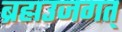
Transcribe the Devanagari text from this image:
ब्रह्मउजगत्